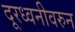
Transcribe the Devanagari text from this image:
दूरध्वनीवरुन